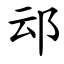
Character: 䢵